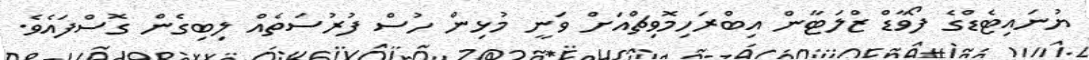
ޔުނައިޓެޑްގެ ފޯވާޑް ޒްލަޓާން އިބްރަހިމޮވިޗްއަށް ވަނީ މުޅިން ހުސް ފުރުސަތެއް ލިބިގެން ގޮސްފައެވެ.